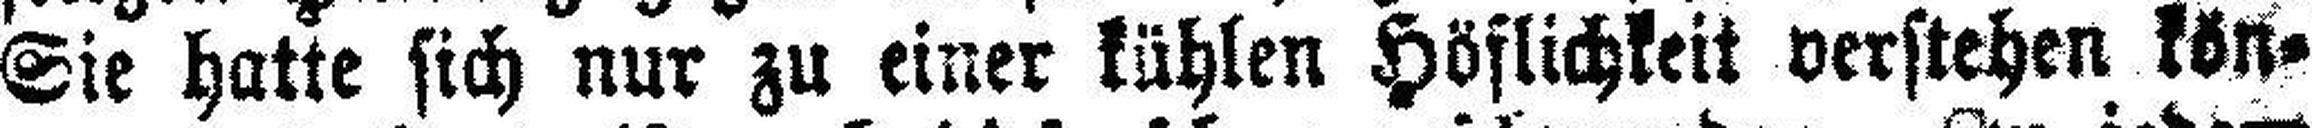
Sie hatte sich nur zu einer kühlen Höflichkeit verstehen kön¬